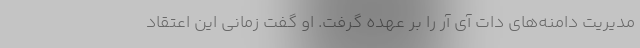
مدیریت دامنه‌های دات آی آر را بر عهده گرفت. او گفت زمانی این اعتقاد